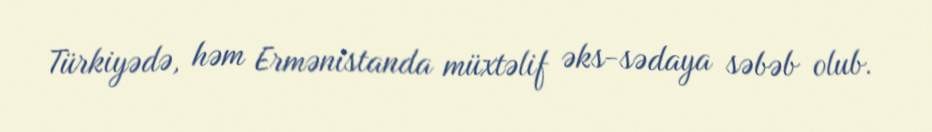
Türkiyədə, həm Ermənistanda müxtəlif əks-sədaya səbəb olub.